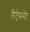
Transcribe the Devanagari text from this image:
रिट्रेसमेंट